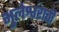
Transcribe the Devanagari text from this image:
भुलेश्वराची